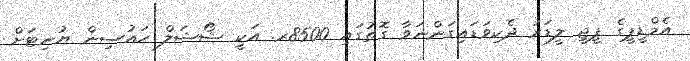
އެމްޑީޕީގެ ޕީޖީ ލީޑަރު ދެކިވަޑައިގަންނަވާ ގޮތުގައި 8500ރ. އަކީ ޝޯޝަލް ހައުސިން ޔުނިޓަށް